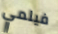
فيلمي